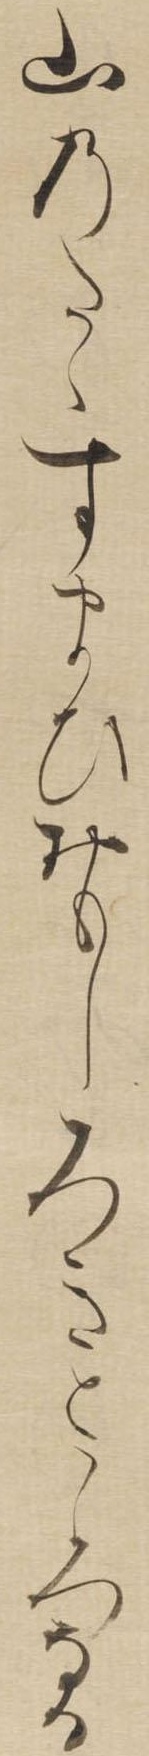
山のたゝすまひおもしろきところなる